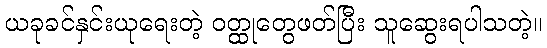
ယခုခင်နှင်းယုရေးတဲ့ ဝတ္ထုတွေဖတ်ပြီး သူဆွေးရပါသတဲ့။